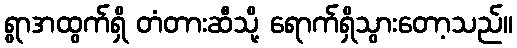
ရွာအထွက်ရှိ တံတားဆီသို့ ရောက်ရှိသွားတော့သည်။